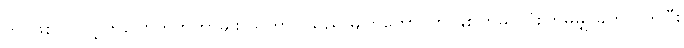
ဘာဖြစ်လဲ လို့ ဘုပြောတတ်တာမျိုး ယုကာဝါသည် မျက်တောင်ကို နှစ်ကြိမ်၊ သုံးကြိမ်မျှ ခတ်လိုက်ပြီး